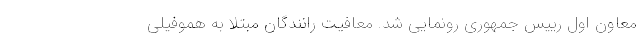
معاون اول رییس جمهوری رونمایی شد. معافیت رانندگان مبتلا به هموفیلی